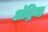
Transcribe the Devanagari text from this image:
अंद्रिया